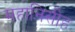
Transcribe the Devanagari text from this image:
महानिसीह